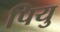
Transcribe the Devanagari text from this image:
पियु